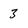
Character: 3